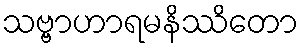
သဗ္ဗာဟာရမနိဿိတော